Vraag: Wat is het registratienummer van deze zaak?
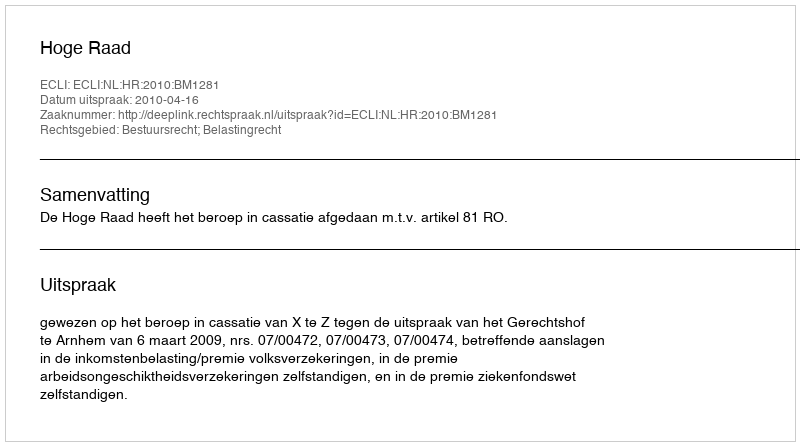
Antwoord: http://deeplink.rechtspraak.nl/uitspraak?id=ECLI:NL:HR:2010:BM1281